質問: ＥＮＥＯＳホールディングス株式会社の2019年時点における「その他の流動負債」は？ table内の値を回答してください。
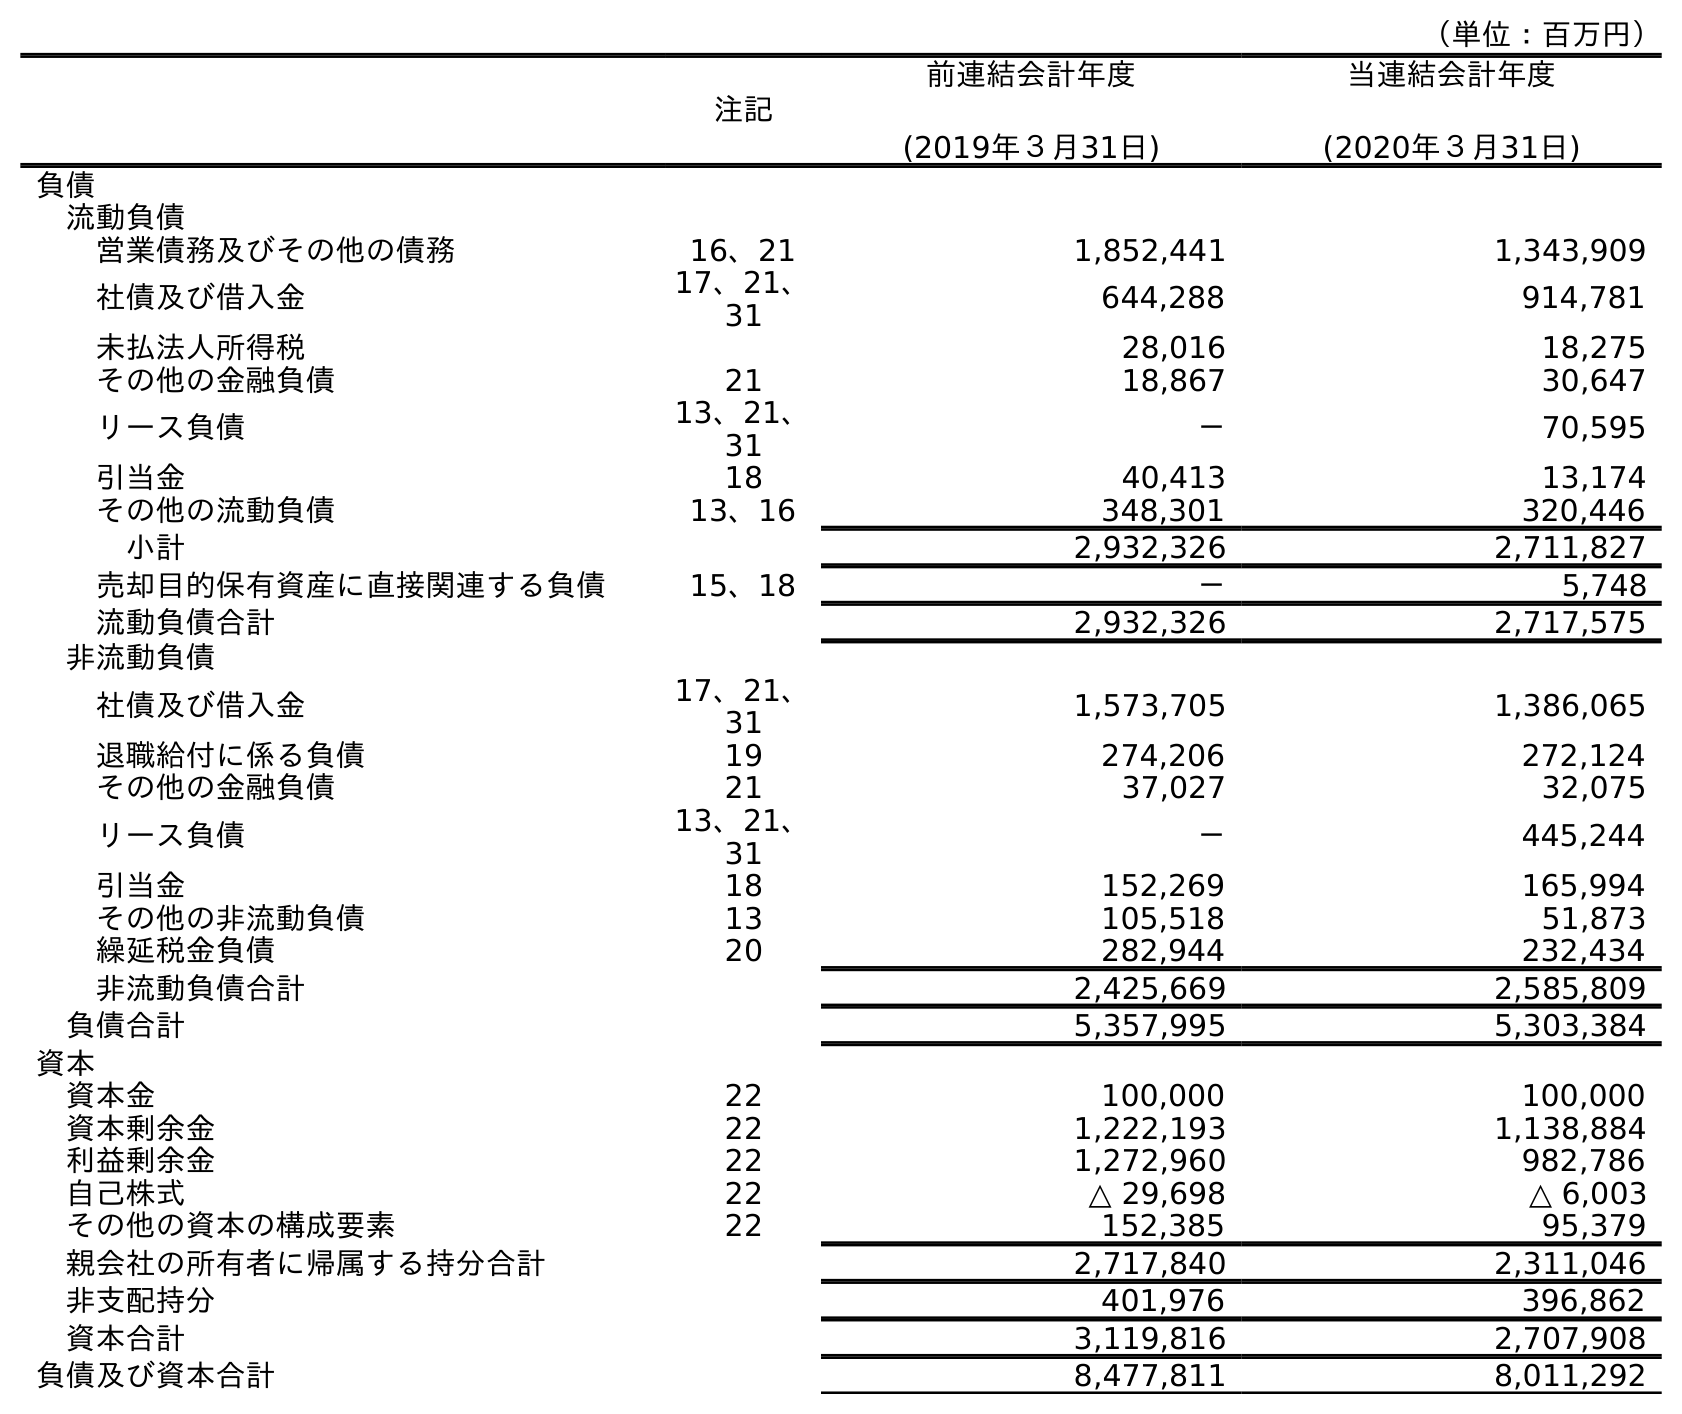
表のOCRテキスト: （単位：百万円） 注記 前連結会計年度 (2019年３月31日) 当連結会計年度 (2020年３月31日) 負債 流動負債 営業債務及びその他の債務 16、21 1,852,441 1,343,909 社債及び借入金 17、21、 31 644,288 914,781 未払法人所得税 28,016 18,275 その他の金融負債 21 18,867 30,647 リース負債 13、21、 31 － 70,595 引当金 18 40,413 13,174 その他の流動負債 13、16 348,301 320,446 小計 2,932,326 2,711,827 売却目的保有資産に直接関連する負債 15、18 － 5,748 流動負債合計 2,932,326 2,717,575 非流動負債 社債及び借入金 17、21、 31 1,573,705 1,386,065 退職給付に係る負債 19 274,206 272,124 その他の金融負債 21 37,027 32,075 リース負債 13、21、 31 － 445,244 引当金 18 152,269 165,994 その他の非流動負債 13 105,518 51,873 繰延税金負債 20 282,944 232,434 非流動負債合計 2,425,669 2,585,809 負債合計 5,357,995 5,303,384 資本 資本金 22 100,000 100,000 資本剰余金 22 1,222,193 1,138,884 利益剰余金 22 1,272,960 982,786 自己株式 22 △ 29,698 △ 6,003 その他の資本の構成要素 22 152,385 95,379 親会社の所有者に帰属する持分合計 2,717,840 2,311,046 非支配持分 401,976 396,862 資本合計 3,119,816 2,707,908 負債及び資本合計 8,477,811 8,011,292
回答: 348,301